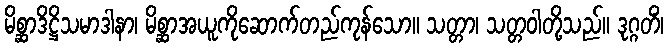
မိစ္ဆာဒိဋ္ဌိသမာဒါနာ၊ မိစ္ဆာအယူကိုဆောက်တည်ကုန်သော။ သတ္တာ၊ သတ္တဝါတို့သည်။ ဒုဂ္ဂတိံ၊